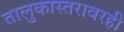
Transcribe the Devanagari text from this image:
तालुकास्तरावरही